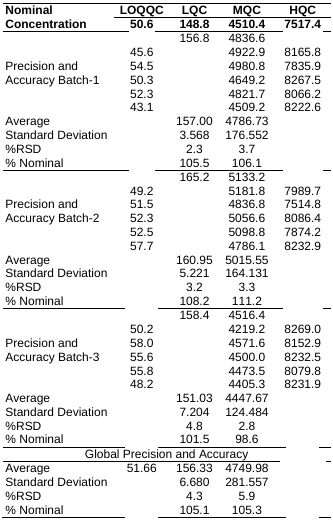
<table><thead><tr><td rowspan="2"><b>Nominal Concentration</b></td><td><b>LOQQC</b></td><td><b>LQC</b></td><td><b>MQC</b></td><td><b>HQC</b></td></tr><tr><td><b>50.6</b></td><td><b>148.8</b></td><td><b>4510.4</b></td><td><b>7517.4</b></td></tr></thead><tbody><tr><td rowspan="6">Precision and Accuracy Batch-1</td><td>[EMPTY_CELL]</td><td>156.8</td><td>4836.6</td><td>[EMPTY_CELL]</td></tr><tr><td>45.6</td><td>[EMPTY_CELL]</td><td>4922.9</td><td>8165.8</td></tr><tr><td>54.5</td><td>[EMPTY_CELL]</td><td>4980.8</td><td>7835.9</td></tr><tr><td>50.3</td><td>[EMPTY_CELL]</td><td>4649.2</td><td>8267.5</td></tr><tr><td>52.3</td><td>[EMPTY_CELL]</td><td>4821.7</td><td>8066.2</td></tr><tr><td>43.1</td><td>[EMPTY_CELL]</td><td>4509.2</td><td>8222.6</td></tr><tr><td>Average</td><td>[EMPTY_CELL]</td><td>157.00</td><td>4786.73</td><td>[EMPTY_CELL]</td></tr><tr><td>Standard Deviation</td><td>[EMPTY_CELL]</td><td>3.568</td><td>176.552</td><td>[EMPTY_CELL]</td></tr><tr><td>%RSD</td><td>[EMPTY_CELL]</td><td>2.3</td><td>3.7</td><td>[EMPTY_CELL]</td></tr><tr><td>% Nominal</td><td>[EMPTY_CELL]</td><td>105.5</td><td>106.1</td><td>[EMPTY_CELL]</td></tr><tr><td rowspan="6">Precision and Accuracy Batch-2</td><td>[EMPTY_CELL]</td><td>165.2</td><td>5133.2</td><td>[EMPTY_CELL]</td></tr><tr><td>49.2</td><td>[EMPTY_CELL]</td><td>5181.8</td><td>7989.7</td></tr><tr><td>51.5</td><td>[EMPTY_CELL]</td><td>4836.8</td><td>7514.8</td></tr><tr><td>52.3</td><td>[EMPTY_CELL]</td><td>5056.6</td><td>8086.4</td></tr><tr><td>52.5</td><td>[EMPTY_CELL]</td><td>5098.8</td><td>7874.2</td></tr><tr><td>57.7</td><td>[EMPTY_CELL]</td><td>4786.1</td><td>8232.9</td></tr><tr><td>Average</td><td>[EMPTY_CELL]</td><td>160.95</td><td>5015.55</td><td>[EMPTY_CELL]</td></tr><tr><td>Standard Deviation</td><td>[EMPTY_CELL]</td><td>5.221</td><td>164.131</td><td>[EMPTY_CELL]</td></tr><tr><td>%RSD</td><td>[EMPTY_CELL]</td><td>3.2</td><td>3.3</td><td>[EMPTY_CELL]</td></tr><tr><td>% Nominal</td><td>[EMPTY_CELL]</td><td>108.2</td><td>111.2</td><td>[EMPTY_CELL]</td></tr><tr><td rowspan="6">Precision and Accuracy Batch-3</td><td>[EMPTY_CELL]</td><td>158.4</td><td>4516.4</td><td>[EMPTY_CELL]</td></tr><tr><td>50.2</td><td>[EMPTY_CELL]</td><td>4219.2</td><td>8269.0</td></tr><tr><td>58.0</td><td>[EMPTY_CELL]</td><td>4571.6</td><td>8152.9</td></tr><tr><td>55.6</td><td>[EMPTY_CELL]</td><td>4500.0</td><td>8232.5</td></tr><tr><td>55.8</td><td>[EMPTY_CELL]</td><td>4473.5</td><td>8079.8</td></tr><tr><td>48.2</td><td>[EMPTY_CELL]</td><td>4405.3</td><td>8231.9</td></tr><tr><td>Average</td><td>[EMPTY_CELL]</td><td>151.03</td><td>4447.67</td><td>[EMPTY_CELL]</td></tr><tr><td>Standard Deviation</td><td>[EMPTY_CELL]</td><td>7.204</td><td>124.484</td><td>[EMPTY_CELL]</td></tr><tr><td>%RSD</td><td>[EMPTY_CELL]</td><td>4.8</td><td>2.8</td><td>[EMPTY_CELL]</td></tr><tr><td>% Nominal</td><td>[EMPTY_CELL]</td><td>101.5</td><td>98.6</td><td>[EMPTY_CELL]</td></tr><tr><td colspan="5">Global Precision and Accuracy</td></tr><tr><td>Average</td><td>51.66</td><td>156.33</td><td>4749.98</td><td>[EMPTY_CELL]</td></tr><tr><td>Standard Deviation</td><td>[EMPTY_CELL]</td><td>6.680</td><td>281.557</td><td>[EMPTY_CELL]</td></tr><tr><td>%RSD</td><td>[EMPTY_CELL]</td><td>4.3</td><td>5.9</td><td>[EMPTY_CELL]</td></tr><tr><td>% Nominal</td><td>[EMPTY_CELL]</td><td>105.1</td><td>105.3</td><td>[EMPTY_CELL]</td></tr></tbody></table>